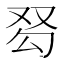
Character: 𰆽